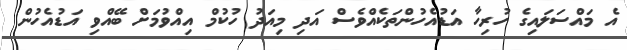
އެ މައްސަލައިގެ ހުރިހާ އަޑުއެހުންތަކެއްވެސް އަދި މިއަދު ހުކުމް އިއްވުމަށް ބޭއްވި އަޑުއެހުން